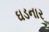
ઘડનાર